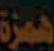
همزة